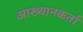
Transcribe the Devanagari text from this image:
आख्यानकर्ता